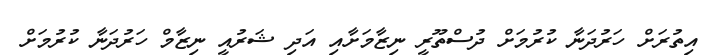
އިތުރަށް ހަރުދަނާ ކުރުމަށް ދުސްތޫރީ ނިޒާމަށާއި އަދި ޝަރުއީ ނިޒާމް ހަރުދަނާ ކުރުމަށް